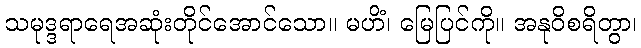
သမုဒ္ဒရာရေအဆုံးတိုင်အောင်သော။ မဟိံ၊ မြေပြင်ကို။ အနုဝိစရိတွာ၊